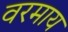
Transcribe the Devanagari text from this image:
वरमाय